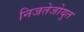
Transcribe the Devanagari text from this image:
निजतेजोयुत